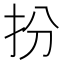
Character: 扮